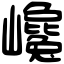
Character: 巉